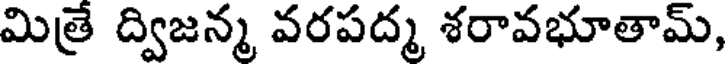
మిత్రే ద్విజన్మ వరపద్మ శరావభూతామ్,